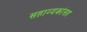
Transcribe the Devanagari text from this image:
सहाय्यकांसह